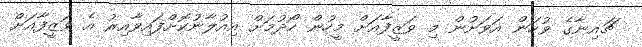
ޗައިނާގެ ވުހަން އަވަށުން މި ވަޒީފާއަށް މީހުން ހޯދުމަށް އިއުލާނުކޮށްފައިވާއިރު އެ ވަޒީފާއަށް